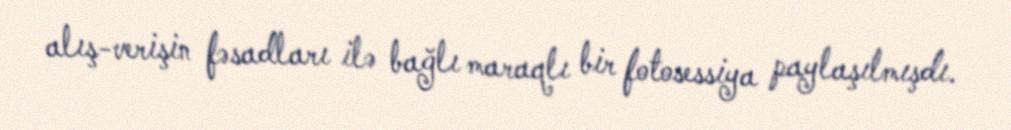
alış-verişin fəsadları ilə bağlı maraqlı bir fotosessiya paylaşılmışdı.